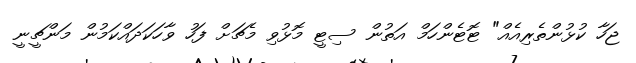
ޖަހާ ކުޅުންތެރިއެއް" ޓޮޓެންހަމް އަތުން ސިޓީ މޮޅުވި މެޗަށް ފަހު ވާހަކަދައްކަމުން މަންޗީނީ